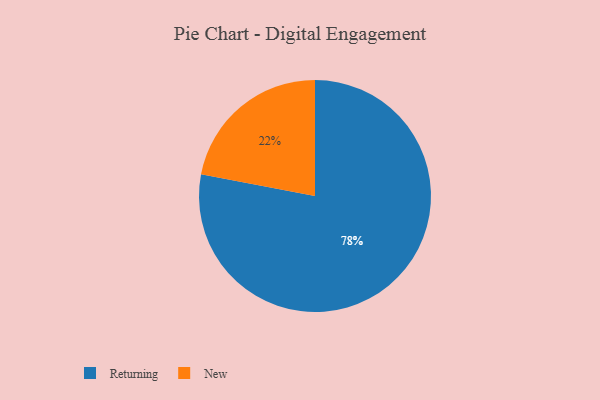
{"axis": {"x": "Category", "y": "Percentage"}, "legend": ["New", "Returning"], "data": [{"x": "New", "y": 22, "type": "New"}, {"x": "Returning", "y": 78, "type": "Returning"}]}